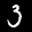
Label: 3